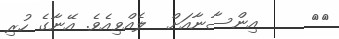
١٧     އިންސާނާއަށް  ލެއްވިއެވެ. އޭނާގެ ހުރި